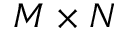
M \times N